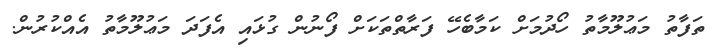
ތަފާތު މަޢުލޫމާތު ހޯދުމަށް ކަމާބެހޭ ފަރާތްތަކަށް ފޯނުން ގުޅައި އެފަދަ މަޢުލޫމާތު އެއްކުރުން.